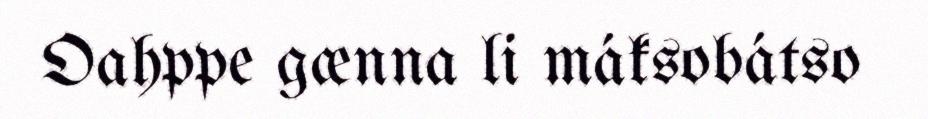
Oahppe gænna li máksobátso